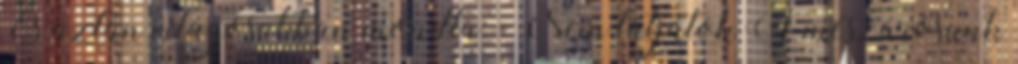
És aztán világosabban mondta: - Nem látjátok A mészárosunk